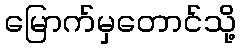
မြောက်မှတောင်သို့